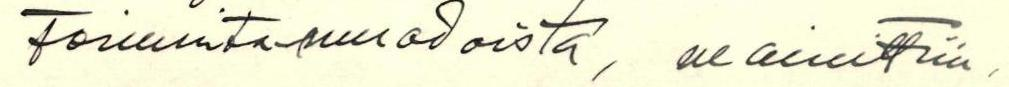
Toimintamuodoista, mainittiin,